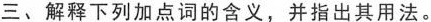
三、解释下列加点词的含义，并指出其用法。